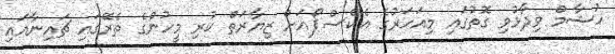
ހުޝާމް ވިދާޅުވި ގޮތުގައި މިއަހަރުގެ އެކްސްޕޯއަށް ޒިޔާރަތް ކުރި މީހުންގެ ތެރޭގައި ޗައިނާއައި